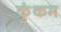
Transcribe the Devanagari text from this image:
कुंकम